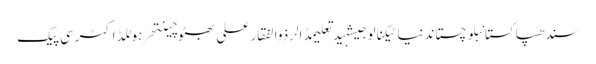
سندھپاکستانبلوچستاندنیاٹیکنالوجیشہیدتعلیمڈالرذوالفقار علی بھٹوچینتھرہوٹلڈاکٹرسی پیک